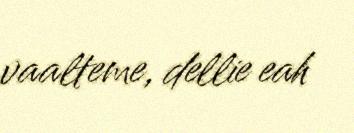
vaalteme, dellie eah